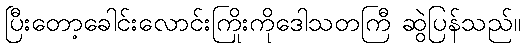
ပြီးတော့ခေါင်းလောင်းကြိုးကိုဒေါသတကြီ ဆွဲပြန်သည်။